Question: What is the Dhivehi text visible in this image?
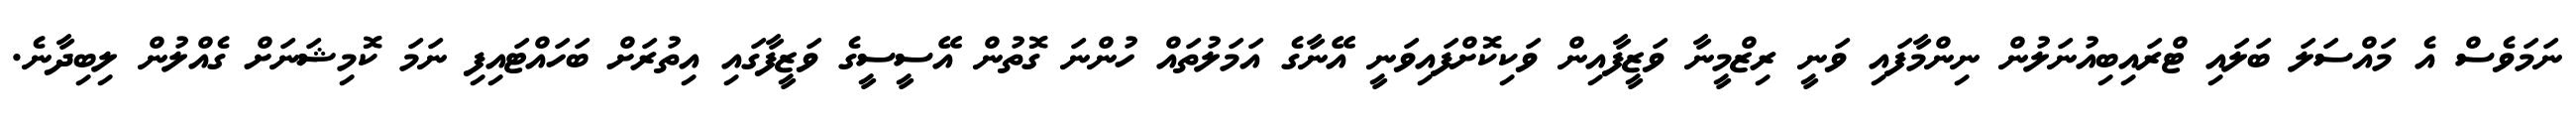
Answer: ނަމަވެސް އެ މައްސަލަ ބަލައި ޓްރައިބިއުނަލުން ނިންމާފައި ވަނީ ރިޒްމީނާ ވަޒީފާއިން ވަކިކޮށްފައިވަނީ އޭނާގެ އަމަލުތައް ހުންނަ ގޮތުން އޭސީސީގެ ވަޒީފާގައި އިތުރަށް ބަހައްޓައިފި ނަމަ ކޮމިޝަނަށް ގެއްލުން ލިބިދާނެ.